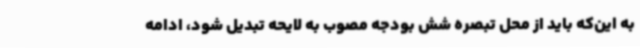
به این‌که باید از محل تبصره شش بودجه مصوب به لایحه تبدیل شود، ادامه